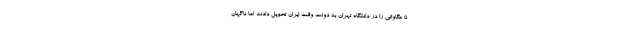
۵ مگاواتی را در دانشگاه تهران به دولت وقت ایران تحویل دادند اما ناگهان